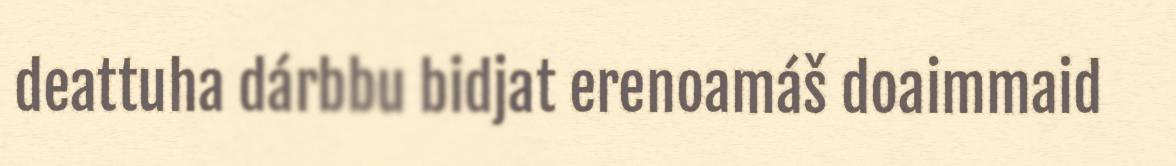
deattuha dárbbu bidjat erenoamáš doaimmaid